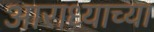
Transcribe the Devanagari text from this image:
आराध्याच्या